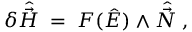
\delta \hat { \vec { H } } \; = \; F ( \hat { \cal E } ) \wedge \hat { \vec { \cal N } } \; ,